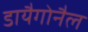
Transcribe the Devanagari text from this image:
डायैगोनैल